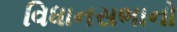
વિધાનસભાનો